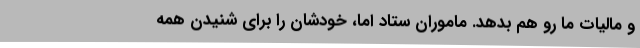
و مالیات ما رو هم بدهد. ماموران ستاد اما، خودشان را برای شنیدن همه